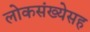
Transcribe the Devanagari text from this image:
लोकसंख्येसह